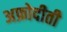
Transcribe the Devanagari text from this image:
अफ्रोदीती